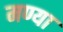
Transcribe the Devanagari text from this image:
मण्या